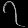
Digit: ၇